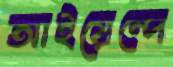
আইয়েন্দে